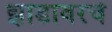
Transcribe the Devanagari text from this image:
झाडावरचे